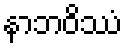
နာဘဝိဿံ